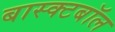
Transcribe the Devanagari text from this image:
बास्क्टबॉल